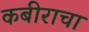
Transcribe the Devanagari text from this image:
कबीराचा